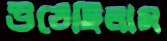
উঠেছিলাম